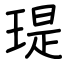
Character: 瑅